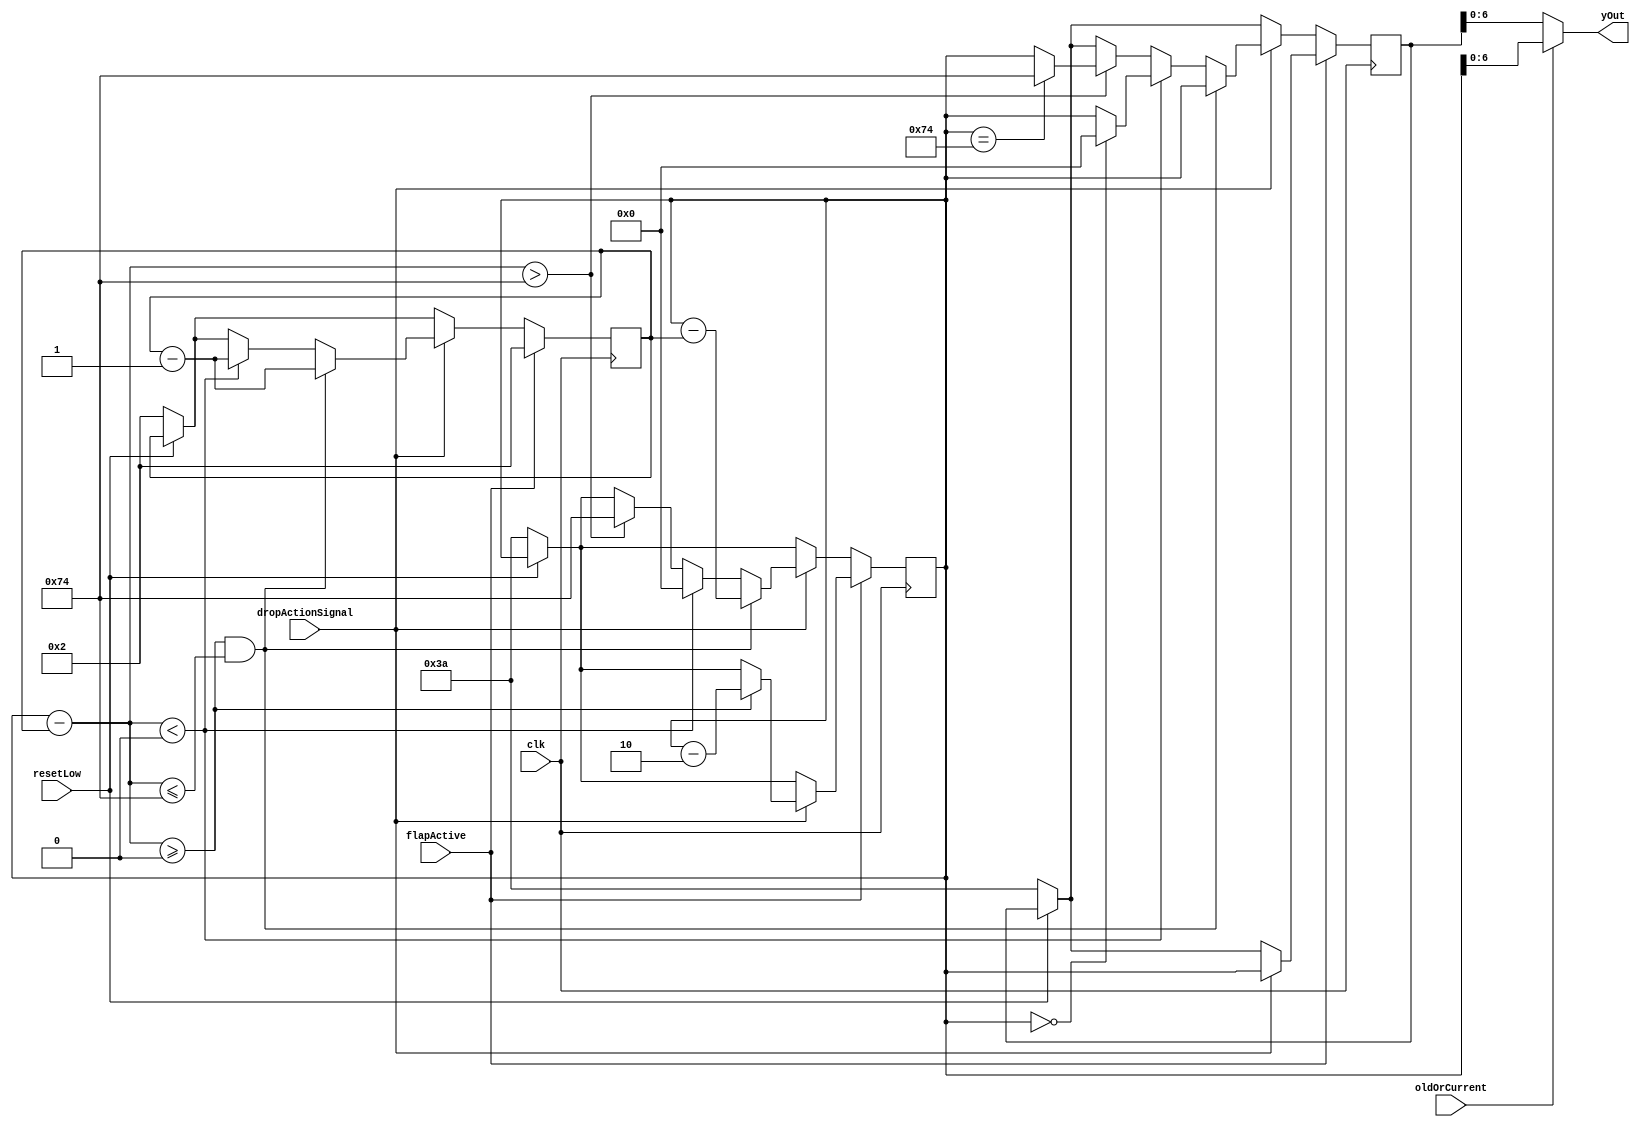
module downForce(dropActionSignal, flapActive, oldOrCurrent, yOut, clk, resetLow);

	input dropActionSignal; // from datapath, is dropEnable on or off
	input flapActive;
	input clk;
	input resetLow;
	input oldOrCurrent;
	output wire [6:0] yOut;
	
	reg signed [7:0] currentY;
	reg signed [7:0] oldY;

	reg signed [6:0] directionSpeed; //velocity
	wire [3:0] gravity;
	assign gravity = 4'd1;
	wire [6:0] initialDirectiondirectionSpeed;
	
	assign yOut = oldOrCurrent ? currentY : oldY; //old pos or current pos
	assign initialDirectiondirectionSpeed = 7'd2;
	
	always @(posedge clk)
	begin
		if (!resetLow)
		begin
			currentY <= 8'd58;
			oldY <= 8'd58;
			directionSpeed <= initialDirectiondirectionSpeed;
		end
		if (flapActive) // jump on
		begin
			// jump up.
			directionSpeed <= initialDirectiondirectionSpeed;
			if (dropActionSignal)
			begin
				oldY <= currentY;
				/*
					JUST IN CASE THE CODE DOESNT RUN, REVERT BACK TO THE INITIAL STATE WHERE THE ONLY
					LINES BELOW THIS WAS:
				
					currentY <= currentY - initialDirectiondirectionSpeed;
				*/
				if (currentY - directionSpeed >= 0)
				begin
					currentY <= currentY - initialDirectiondirectionSpeed;
				end
			end
		end	
		else if (dropActionSignal) // no flap, just free fall now
			begin
				if (currentY - directionSpeed >= 0 && currentY - directionSpeed <= 116) // within boundary, you can freefall normally
				begin
					oldY <= currentY;
					currentY <= currentY - directionSpeed;
					directionSpeed <= directionSpeed - gravity;
				end
				else if (currentY - directionSpeed < 0) //boundary handling
				begin
					if (currentY == 8'd0)
						oldY <= 8'd0;
					else
						oldY <= currentY;
					currentY <= 8'd0;
					directionSpeed <= directionSpeed - gravity;
				end
				else if (currentY - directionSpeed > 116) // boundary handling
				begin
					if (currentY == 8'd116)
						oldY <= 8'd116;
					else
						oldY <= currentY;
					currentY <= 116;
				end
			end
	end

endmodule